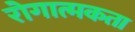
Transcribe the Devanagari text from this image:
रोगात्मकता